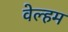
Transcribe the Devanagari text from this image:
वेल्हम